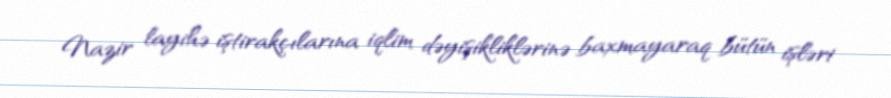
Nazir layihə iştirakçılarına iqlim dəyişikliklərinə baxmayaraq bütün işləri